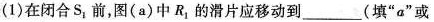
(1)在闭合S_{1}前，图(a)中R_{1}的滑片应移动到___(填”a”或